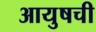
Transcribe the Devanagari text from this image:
आयुषची